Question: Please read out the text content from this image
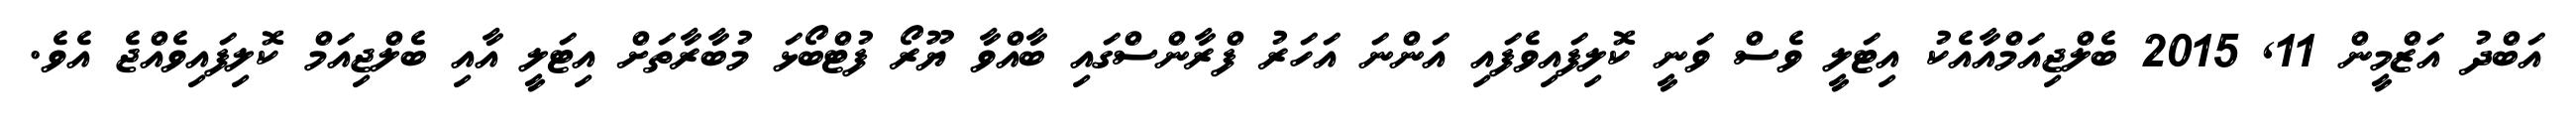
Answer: އަބްދު އަޒްމީން 11, 2015 ބެލްޖިއަމްއާއެކު އިޓަލީ ވެސް ވަނީ ކޮލިފައިވެފައި އަންނަ އަހަރު ފްރާންސްގައި ބާއްވާ ޔޫރޯ ފުޓްބޯޅަ މުބާރާތަށް އިޓަލީ އާއި ބެލްޖިއަމް ކޮލިފައިވެއްޖެ އެވެ.